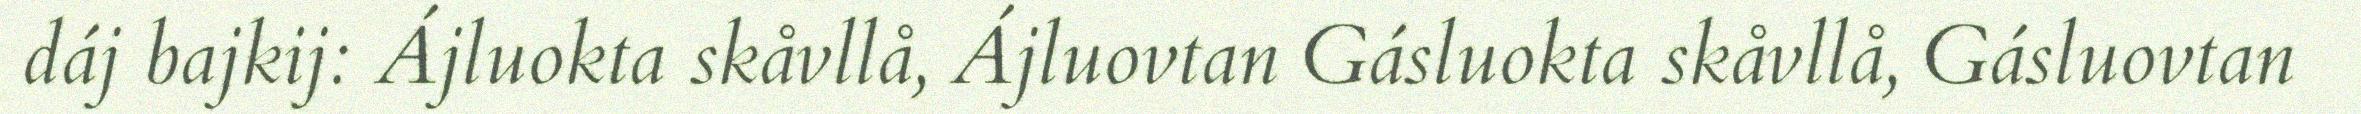
dáj bajkij: Ájluokta skåvllå, Ájluovtan Gásluokta skåvllå, Gásluovtan